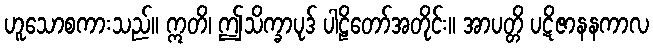
ဟူသောစကားသည်။ ဣတိ၊ ဤသိက္ခာပုဒ် ပါဠိတော်အတိုင်း။ အာပတ္တိ ပဋိဇာနနကာလ